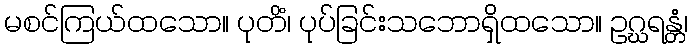
မစင်ကြယ်ထသော။ ပုတိံ၊ ပုပ်ခြင်းသဘောရှိထသော။ ဥဂ္ဃရန္တံ၊